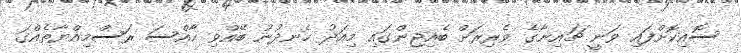
ސޮއިކޮށްފައި ވަނީ ޗައިނާގެ ވެރިރަށް ބެއިޖިންގައި މިއަދު ހެނދުނު ބޭއްވި ހާއްސަ ރަސްމިއްޔާތެއްގަ